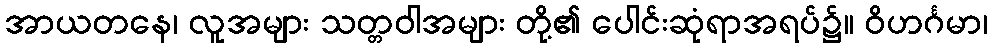
အာယတနေ၊ လူအများ သတ္တဝါအများ တို့၏ ပေါင်းဆုံရာအရပ်၌။ ဝိဟင်္ဂမာ၊